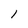
Character: 1